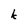
Character: k